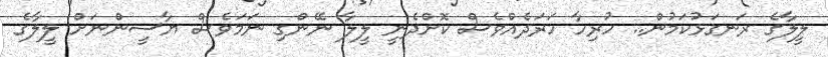
ލީލާގެ ރަނގަޅުކަމުން.. ހުރިހާ ހަރަދެއްވެސް ކޮށްދެނީ ލީލާ ނޭންގި ނަމަވެސް ޔާސީންނަށް ލީލާގެ